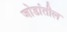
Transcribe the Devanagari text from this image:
जोडांतील